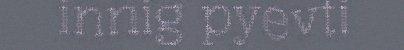
innig pyevti